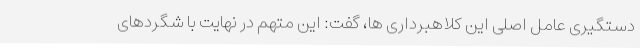
دستگیری عامل اصلی این کلاهبرداری ها، گفت: این متهم در نهایت با شگردهای